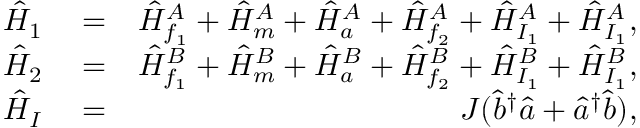
\begin{array} { r l r } { \hat { H } _ { 1 } } & { { } = } & { \hat { H } _ { f _ { 1 } } ^ { A } + \hat { H } _ { m } ^ { A } + \hat { H } _ { a } ^ { A } + \hat { H } _ { f _ { 2 } } ^ { A } + \hat { H } _ { I _ { 1 } } ^ { A } + \hat { H } _ { I _ { 1 } } ^ { A } , } \\ { \hat { H } _ { 2 } } & { { } = } & { \hat { H } _ { f _ { 1 } } ^ { B } + \hat { H } _ { m } ^ { B } + \hat { H } _ { a } ^ { B } + \hat { H } _ { f _ { 2 } } ^ { B } + \hat { H } _ { I _ { 1 } } ^ { B } + \hat { H } _ { I _ { 1 } } ^ { B } , } \\ { \hat { H } _ { I } } & { { } = } & { J ( \hat { b } ^ { \dagger } \hat { a } + \hat { a } ^ { \dagger } \hat { b } ) , } \end{array}